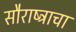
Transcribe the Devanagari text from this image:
सौराष्ट्राचा